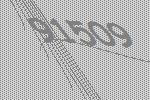
91509